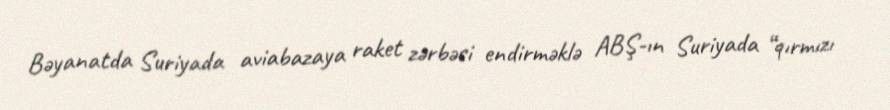
Bəyanatda Suriyada aviabazaya raket zərbəsi endirməklə ABŞ-ın Suriyada “qırmızı